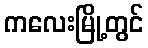
ကလေးမြို့တွင်